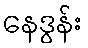
နေဒွန်း